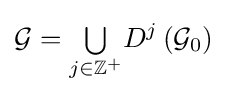
{\mathcal {G}}={\textstyle \bigcup \limits _{j\in \mathbb {Z} ^{+}}}D^{j}\left({\mathcal {G}}_{0}\right)